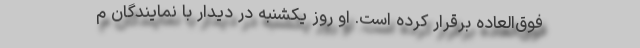
فوق‌العاده برقرار کرده است. او روز یکشنبه در دیدار با نمایندگان م